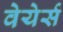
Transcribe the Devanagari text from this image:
वेयेर्स